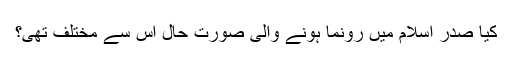
کیا صدر اسلام میں رونما ہونے والی صورت حال اس سے مختلف تھی؟